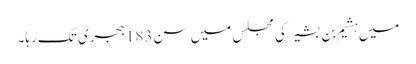
میں ہشیم بن بشیر کی مجلس میں سن183ہجری تک رہا۔